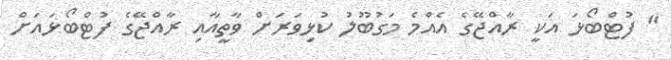
" ފުޓްބޯޅަ އަކީ ރާއްޖޭގެ އެއްމެ މަގުބޫލު ކުޅިވަރަށް ވާތީއާއި ރާއްޖޭގެ ފުޓްބޯޅައަށް